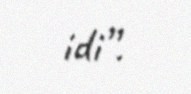
idi”.